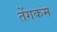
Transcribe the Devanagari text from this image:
तेंगकम